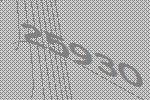
25930